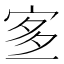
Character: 𡨆